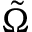
\tilde { \Omega }